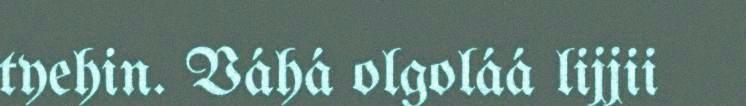
tyehin. Váhá olgoláá lijjii